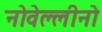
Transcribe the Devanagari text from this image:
नोवेल्लीनो